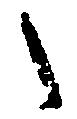
之